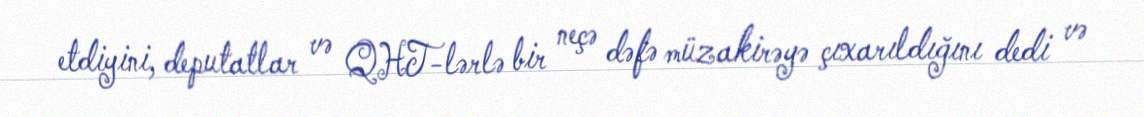
etdiyini, deputatlar və QHT-lərlə bir neçə dəfə müzakirəyə çıxarıldığını dedi və